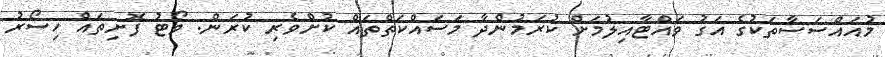
މުއައްސަސާތަކުގެ އަގު ވައްޓާއިލުމަށް ކުރަމުންދާ މަސައްކަތްތައް ކުށްވެރި ކުރަން. ވޯޓު ފޮށިތައް ހިސޯރު